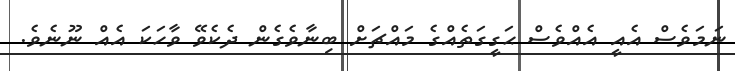
ނަމަވެސް އެއީ އެއްވެސް ޙަގީގަތެއްގެ މައްޗަށް ބިނާވެގެން ދެކެވޭ ވާހަކަ އެއް ނޫނެވެ.